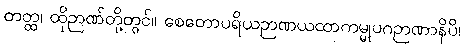
တတ္ထ၊ ထိုဉာဏ်တို့တွင်။ စေတောပရိယဉာဏယထာကမ္မုပဂဉာဏာနိပိ၊